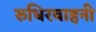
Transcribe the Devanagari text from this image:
रुधिरवाहनी